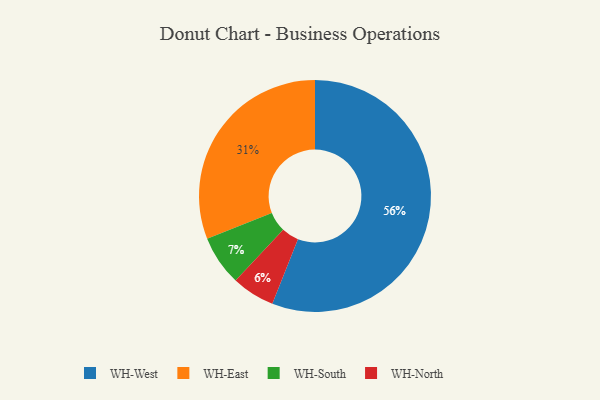
{"axis": {"x": "Category", "y": "Percentage"}, "legend": ["WH-East", "WH-North", "WH-South", "WH-West"], "data": [{"x": "WH-East", "y": 31, "type": "WH-East"}, {"x": "WH-North", "y": 6, "type": "WH-North"}, {"x": "WH-South", "y": 7, "type": "WH-South"}, {"x": "WH-West", "y": 56, "type": "WH-West"}]}